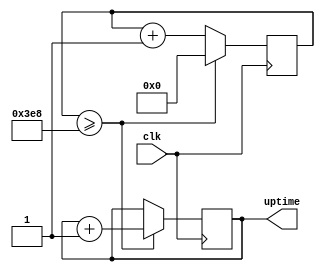
module Uptime(

    input clk,
    output reg [31:0] uptime

);

	reg [9:0] cnt;

	initial
	begin
		uptime <= 0;
		cnt <= 0;
	end

	always @(posedge clk)
	begin

		if(cnt >= 1000)
		begin

			uptime <= uptime + 1;

			cnt <= 0;

		end
		else
		begin
		
			cnt <= cnt + 1;

		end
	end


endmodule